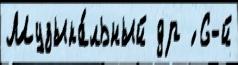
Музыка́льный др ́ 6-й